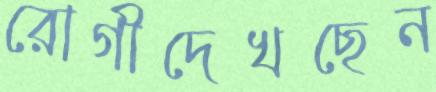
রোগীদেখছেন